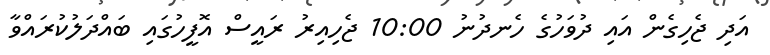
އަދި ޖެހިގެން އައި ދުވަހުގެ ހެނދުނު 10:00 ޖެހިއިރު ރައީސް އޮފީހުގައި ބައްދަލުކުރައްވާ